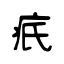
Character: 疧